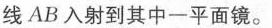
线AB入射到其中一平面镜。